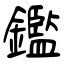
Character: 鑑